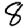
Digit: 8